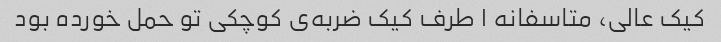
کیک عالی، متاسفانه ۱ طرف کیک ضربه‌ی کوچکی تو حمل خورده بود